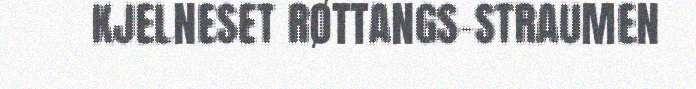
KJELNESET RØTTANGS-STRAUMEN